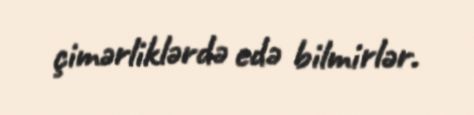
çimərliklərdə edə bilmirlər.